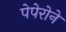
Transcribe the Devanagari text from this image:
पेपेरोने